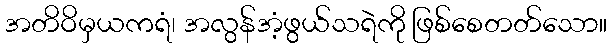
အတိဝိမှယကရံ၊ အလွန်အံ့ဖွယ်သရဲကို ဖြစ်စေတတ်သော။